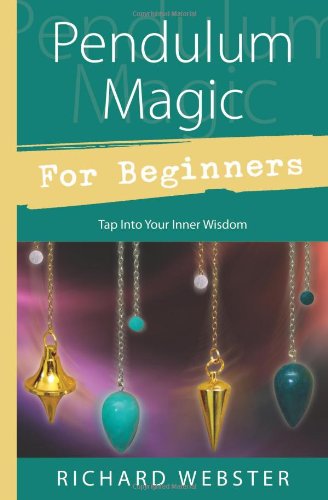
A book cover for Pendulum Magic for Beginners: Tap Into Your Inner Wisdom (For Beginners (Llewellyn's)); Richard Webster; Religion & Spirituality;